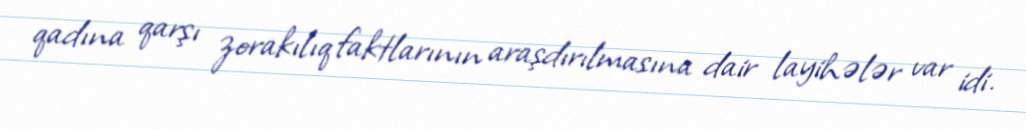
qadına qarşı zorakılıq faktlarının araşdırılmasına dair layihələr var idi.